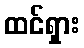
ထင်ရှား